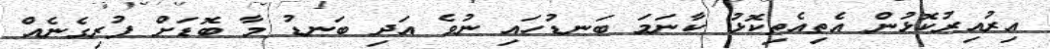
އިރުއިރުކޮޅުން އެތިއެތިކޮޅު ކާނަމަ ބަނޑުހައި ނުވެ އަދި ބަނޑު މާ ބޮޑަށް ފުރިގެނެއް